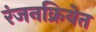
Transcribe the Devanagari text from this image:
रंजनक्रियेत